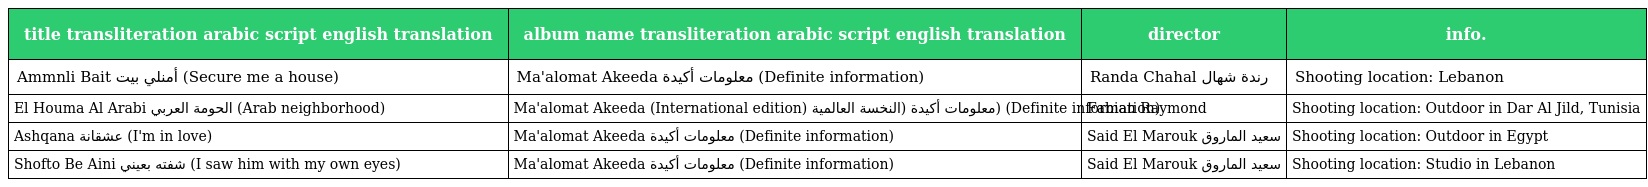
| title transliteration arabic script english translation | album name transliteration arabic script english translation | director | info. |
 | --- | --- | --- | --- |
 | Ammnli Bait أمنلي بيت (Secure me a house) | Ma'alomat Akeeda معلومات أكيدة (Definite information) | Randa Chahal رندة شهال | Shooting location: Lebanon |
 | El Houma Al Arabi الحومة العربي (Arab neighborhood) | Ma'alomat Akeeda (International edition) معلومات أكيدة (النخسة العالمية) (Definite information) | Fabian Raymond | Shooting location: Outdoor in Dar Al Jild, Tunisia |
 | Ashqana عشقانة (I'm in love) | Ma'alomat Akeeda معلومات أكيدة (Definite information) | Said El Marouk سعيد الماروق | Shooting location: Outdoor in Egypt |
 | Shofto Be Aini شفته بعيني (I saw him with my own eyes) | Ma'alomat Akeeda معلومات أكيدة (Definite information) | Said El Marouk سعيد الماروق | Shooting location: Studio in Lebanon |